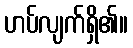
ဟပ်လျက်ရှိ၏။